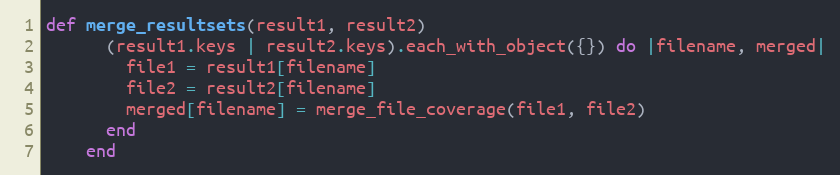
Language: Ruby
def merge_resultsets(result1, result2)
      (result1.keys | result2.keys).each_with_object({}) do |filename, merged|
        file1 = result1[filename]
        file2 = result2[filename]
        merged[filename] = merge_file_coverage(file1, file2)
      end
    end